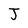
Character: J